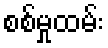
စစ်မှုထမ်း